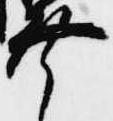
幸